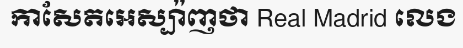
កាសែតអេស្ប៉ាញថា Real Madrid លេង